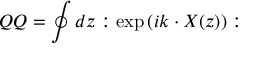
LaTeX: Q Q = \oint d z : \exp \left( i k \cdot X ( z ) \right) :